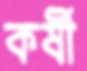
কর্ষী